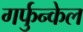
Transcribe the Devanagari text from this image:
गर्फुन्केल